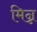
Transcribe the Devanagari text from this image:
मिन्न